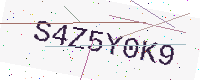
Text: S4Z5Y0K9